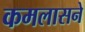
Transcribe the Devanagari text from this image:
कमलासने